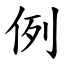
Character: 例